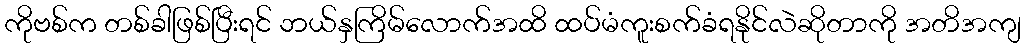
ကိုဗစ်က တစ်ခါဖြစ်ပြီးရင် ဘယ်နှကြိမ်လောက်အထိ ထပ်မံကူးစက်ခံရနိုင်လဲဆိုတာကို အတိအကျ